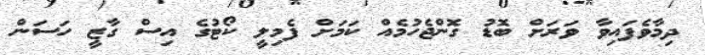
ދިމާވެފައިވާ ވަރަށް ބޮޑު ގޮންޖެހުމެއް ކަމަށް ފެމިލީ ކޯޓުގެ އިސް ގާޒީ ހަސަން